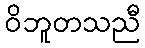
ဝိဘူတသညီ